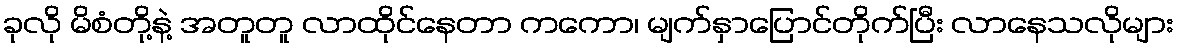
ခုလို မိစံတို့နဲ့ အတူတူ လာထိုင်နေတာ ကကော၊ မျက်နှာပြောင်တိုက်ပြီး လာနေသလိုများ